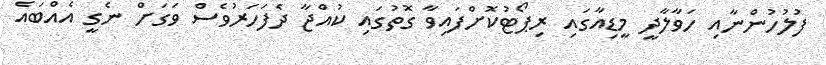
ފުލުހުންނާއި ހަވާލާދީ މީޑިއާގައި ރިޕޯޓުކޮށްފައިވާ ގޮތުގައި ކުއްޖާ ދެފަހަރުވެސް ވަގަށް ނެގީ އެއްބައެ